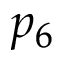
p _ { 6 }